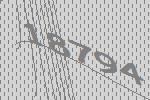
18794